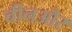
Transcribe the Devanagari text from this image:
चीनऔर